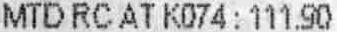
MTD RC AT K074 : 111.90